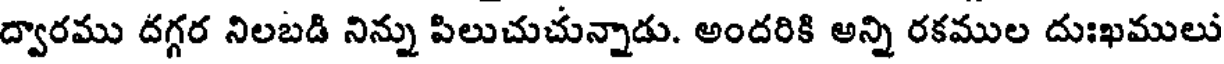
ద్వారము దగ్గర నిలబడి నిన్ను పిలుచుచున్నాడు. అందరికి అన్ని రకముల దుఃఖములు